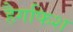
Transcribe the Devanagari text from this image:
हैगफिश